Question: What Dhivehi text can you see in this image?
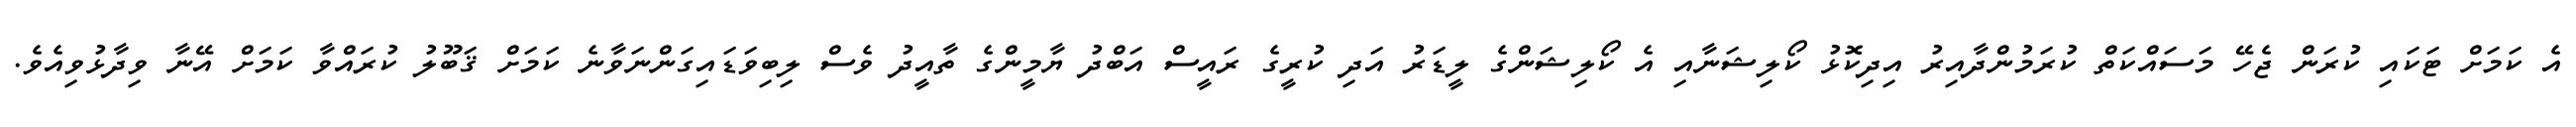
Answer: އެ ކަމަށް ޓަކައި ކުރަން ޖެހޭ މަސައްކަތް ކުރަމުންދާއިރު އިދިކޮޅު ކޯލިޝަނާއި އެ ކޯލިޝަންގެ ލީޑަރު އަދި ކުރީގެ ރައީސް އަބްދު ޔާމީންގެ ތާއީދު ވެސް ލިބިވަޑައިގަންނަވާނެ ކަމަށް ޤަބޫލު ކުރައްވާ ކަމަށް އޭނާ ވިދާޅުވިއެވެ.